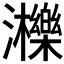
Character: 𤄿